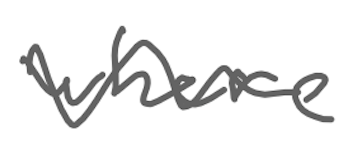
Text: where
Cross-out: wave
Writing tool: digital_gray